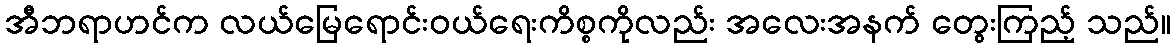
အီဘရာဟင်က လယ်မြေရောင်းဝယ်ရေးကိစ္စကိုလည်း အလေးအနက် တွေးကြည့် သည်။